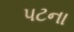
પટના